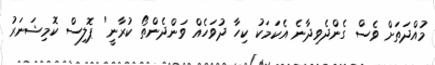
މުއްދަތަށް ވެސް ގެންދެވިދާނެ އެކަމަކު ކިހާ ދުވަހެއް ވަންދެންތޯ ކުރާނީ" ޕޮލިސް ކޮމިޝަނަރު